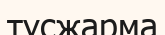
тұсжарма